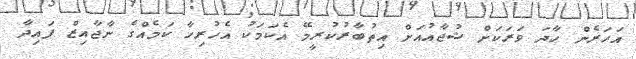
އަހަރެން ހާދަ ވަރަކަށް ޝުޖާއުއަށް އިތުބާރުކުރީމޭ އެކަމަކު އެހުރިހާ ކަމެއްގެ ނާޖާއިޒް ފައިދާ